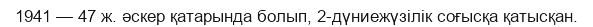
1941 — 47 ж. әскер қатарында болып, 2-дүниежүзілік соғысқа қатысқан.